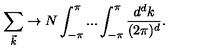
\sum _ { \vec { k } } \rightarrow N \int _ { - \pi } ^ { \pi } . . . \int _ { - \pi } ^ { \pi } \frac { d ^ { d } k } { ( 2 \pi ) ^ { d } } .